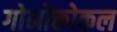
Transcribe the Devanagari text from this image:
गोनोकोकल